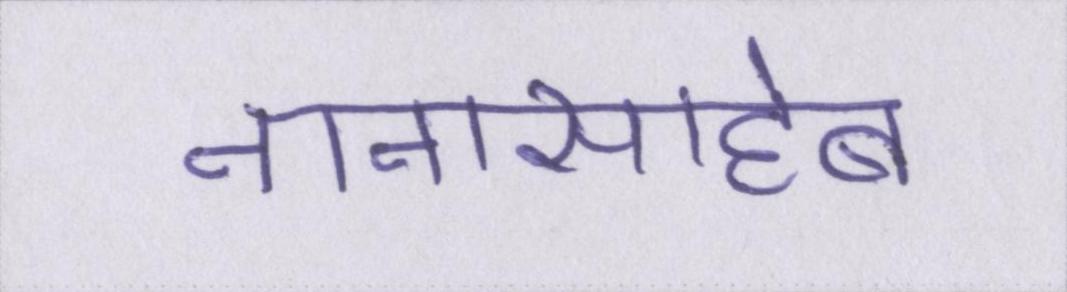
नानासाहेब